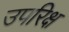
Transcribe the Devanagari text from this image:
उपरिक्ष